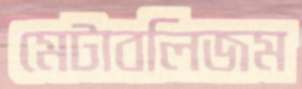
মেটাবলিজম